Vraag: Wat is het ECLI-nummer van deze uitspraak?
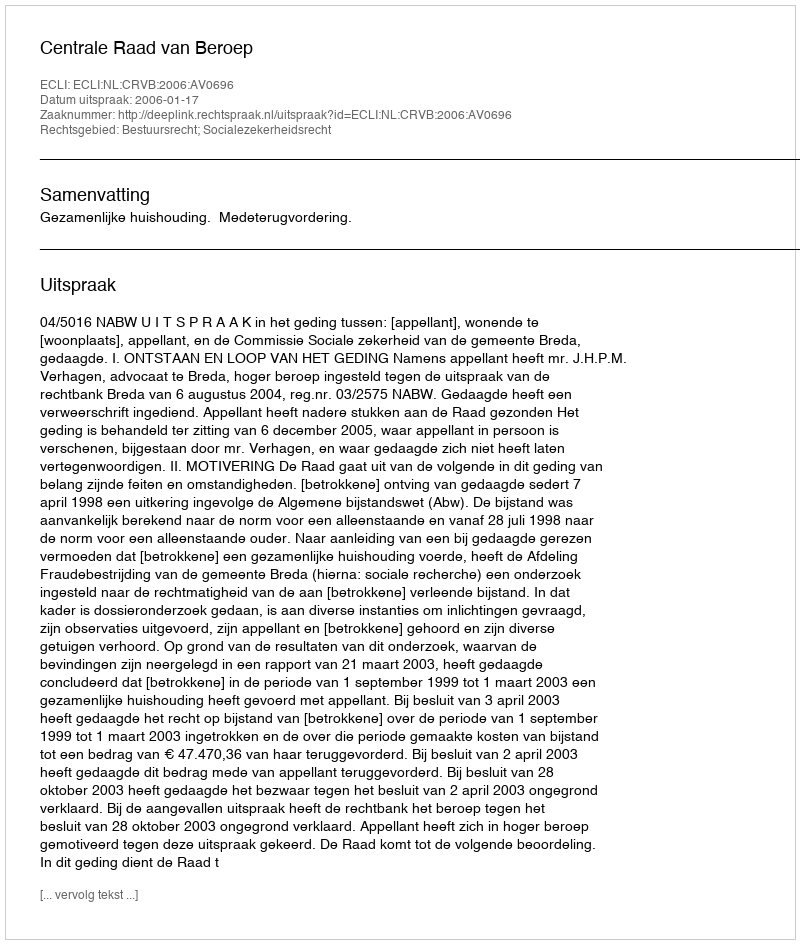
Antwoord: ECLI:NL:CRVB:2006:AV0696